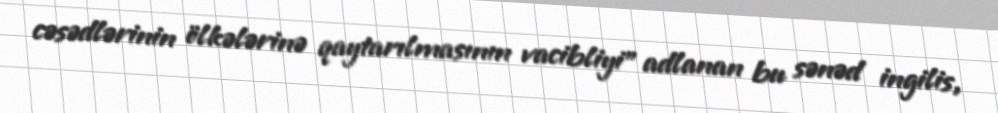
cəsədlərinin ölkələrinə qaytarılmasının vacibliyi” adlanan bu sənəd ingilis,